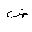
Letter: _dad